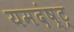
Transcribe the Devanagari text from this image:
यमदंष्ट्र